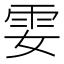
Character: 𩁻